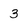
Character: 3